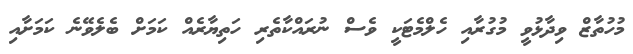
މުހުތާޒް ވިދާޅުވީ މުގުރާއި ހެލްމެޓަކީ ވެސް ނުރައްކާތެރި ހަތިޔާރެއް ކަމަށް ބެލެވޭނެ ކަމަށާއި